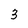
Character: 3